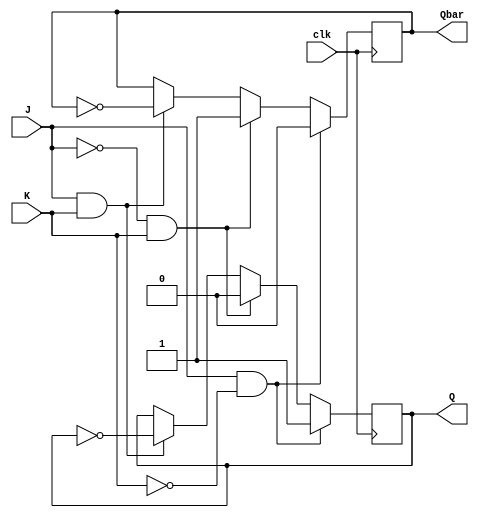
module jk_flipflop (
  input J,
  input K,
  input clk,
  output reg Q,
  output reg Qbar
);

always @(posedge clk)
begin
  if (J & !K) // set state
    begin
      Q <= 1;
      Qbar <= 0;
    end
  else if (!J & K) // reset state
    begin
      Q <= 0;
      Qbar <= 1;
    end
  else if (J & K) // toggle state
    begin
      Q <= ~Q;
      Qbar <= ~Qbar;
    end
end

endmodule